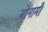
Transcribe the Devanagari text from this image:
बोनामी